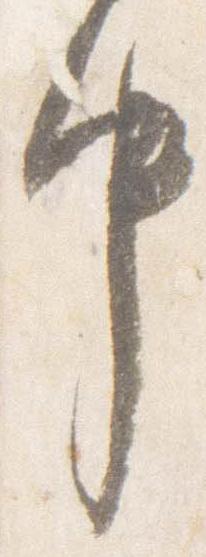
中